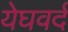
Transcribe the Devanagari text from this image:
येघवर्द